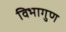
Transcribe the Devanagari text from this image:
विभागुण